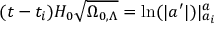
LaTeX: ( t - t _ { i } ) H _ { 0 } { \sqrt { \Omega _ { 0 , \Lambda } } } = \mathrm { l n } ( | a ^ { \prime } | ) | _ { a _ { i } } ^ { a }